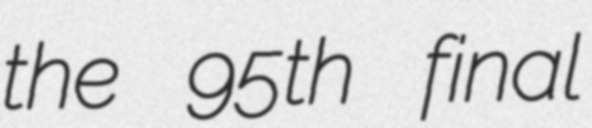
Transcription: the 95th final